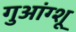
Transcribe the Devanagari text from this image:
गुआंग्शू